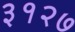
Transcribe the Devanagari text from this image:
३१२७